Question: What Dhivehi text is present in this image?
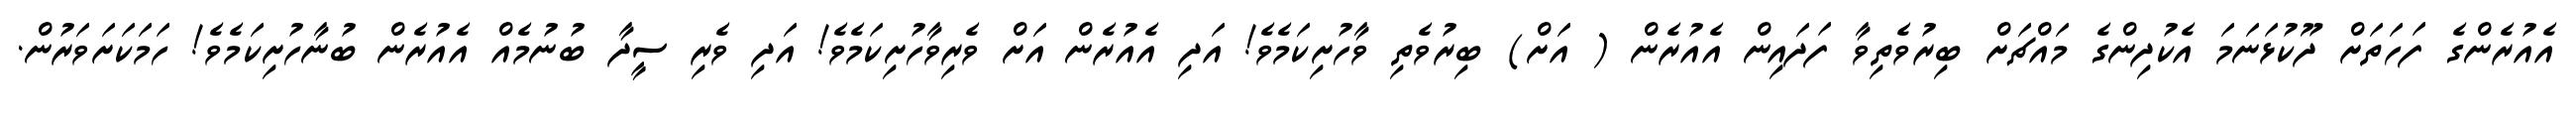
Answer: އެއުރެންގެ ފަހަތަށް ދޫކުޅަނަމަ އެކުދިންގެ މައްޗަށް ބިރުވެތިވާ ފަދައިން އެއުރެން ( އަށް) ބިރުވެތި ވާހުށިކަމެވެ! އަދި އެއުރެން އަށް ވެރިވާހުށިކަމެވެ! އަދި ވެރި ސީދާ ބުނުމެއް އެއުރެން ބުނާހުށިކަމެވެ! ހަމަކަށަވަރުން.